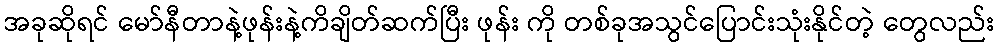
အခုဆိုရင် မော်နီတာနဲ့ဖုန်းနဲ့ကိချိတ်ဆက်ပြီး ဖုန်း ကို တစ်ခုအသွင်ပြောင်းသုံးနိုင်တဲ့ တွေလည်း